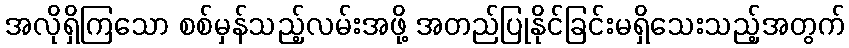
အလိုရှိကြသော စစ်မှန်သည့်လမ်းအဖို့ အတည်ပြုနိုင်ခြင်းမရှိသေးသည့်အတွက်